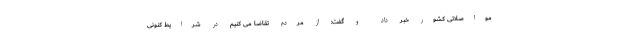
مواصلاتی کشور خبر داد و گفت: از مردم تقاضا می کنیم در شرایط کنونی